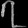
Digit: ၇